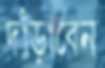
দাঁড়াবেন